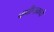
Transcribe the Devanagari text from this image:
कधीनाकधी